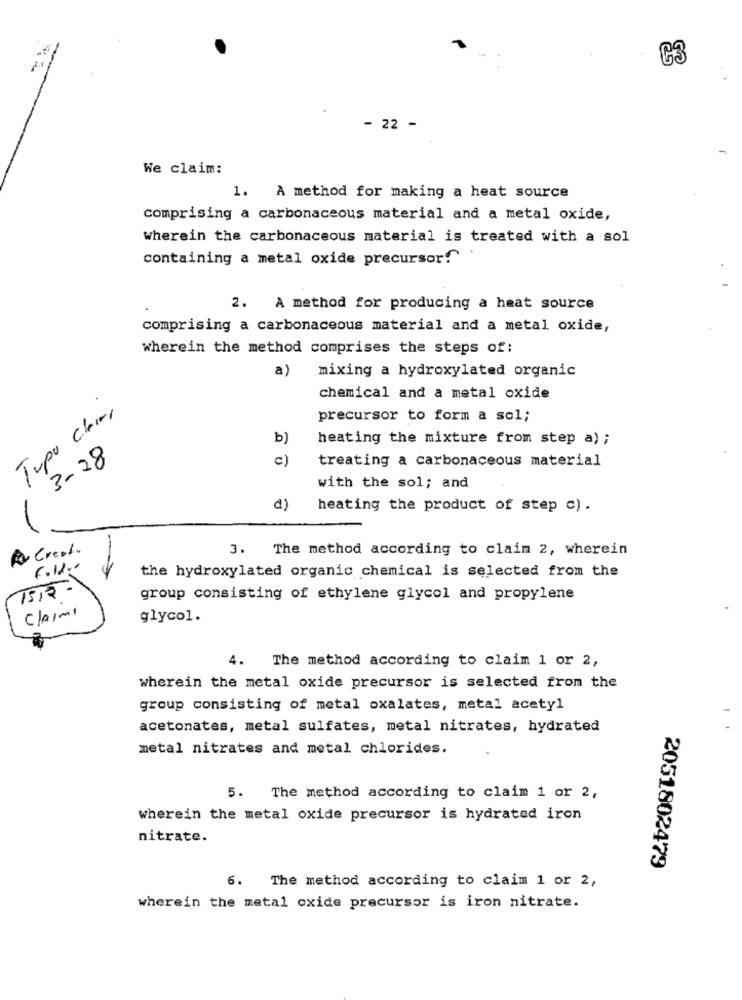
C3
- 22 -
We claim:
1. A method for making a heat source
comprising a carbonaceous material and a metal oxide,
wherein the carbonaceous material is treated with a sol
containing a metal oxide precursor!
2. A method for producing a heat source
comprising a carbonaceous material and a metal oxide,
wherein the method comprises the steps of:
a) mixing a hydroxylated organic
chemical and a metal oxide
Typo Cleari
precursor to form a sol;
b)
heating the mixture from step a) ;
3-28
c)
treating a carbonaceous material
with the sol; and
d)
heating the product of step c) .
Ao Cresto
3. The method according to claim 2, wherein
Fold ..
the hydroxylated organic chemical is selected from the
1513 -
group consisting of ethylene glycol and propylene
Claimi
glycol.
4.
The method according to claim 1 or 2,
wherein the metal oxide precursor is selected from the
group consisting of metal oxalates, metal acetyl
acetonates, metal sulfates, metal nitrates, hydrated
metal nitrates and metal chlorides.
5. The method according to claim 1 or 2,
wherein the metal oxide precursor is hydrated iron
nitrate.
2051802479
6. The method according to claim 1 or 2,
wherein the metal oxide precursor is iron nitrate.